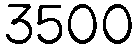
3500